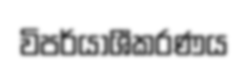
විපර්යාශීකරණය